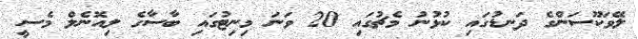
ލޭވަކޫސަންގެ ދަނޑުގައި ކުޅުނު މެޗުގައި 20 ވަނަ މިނިޓުގައި ބާސާގެ ލިއޮނެލް މެސީ